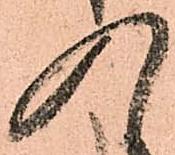
入